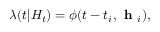
\lambda ( t | H _ { t } ) = \phi ( t - t _ { i } , \textbf { h } _ { i } ) ,